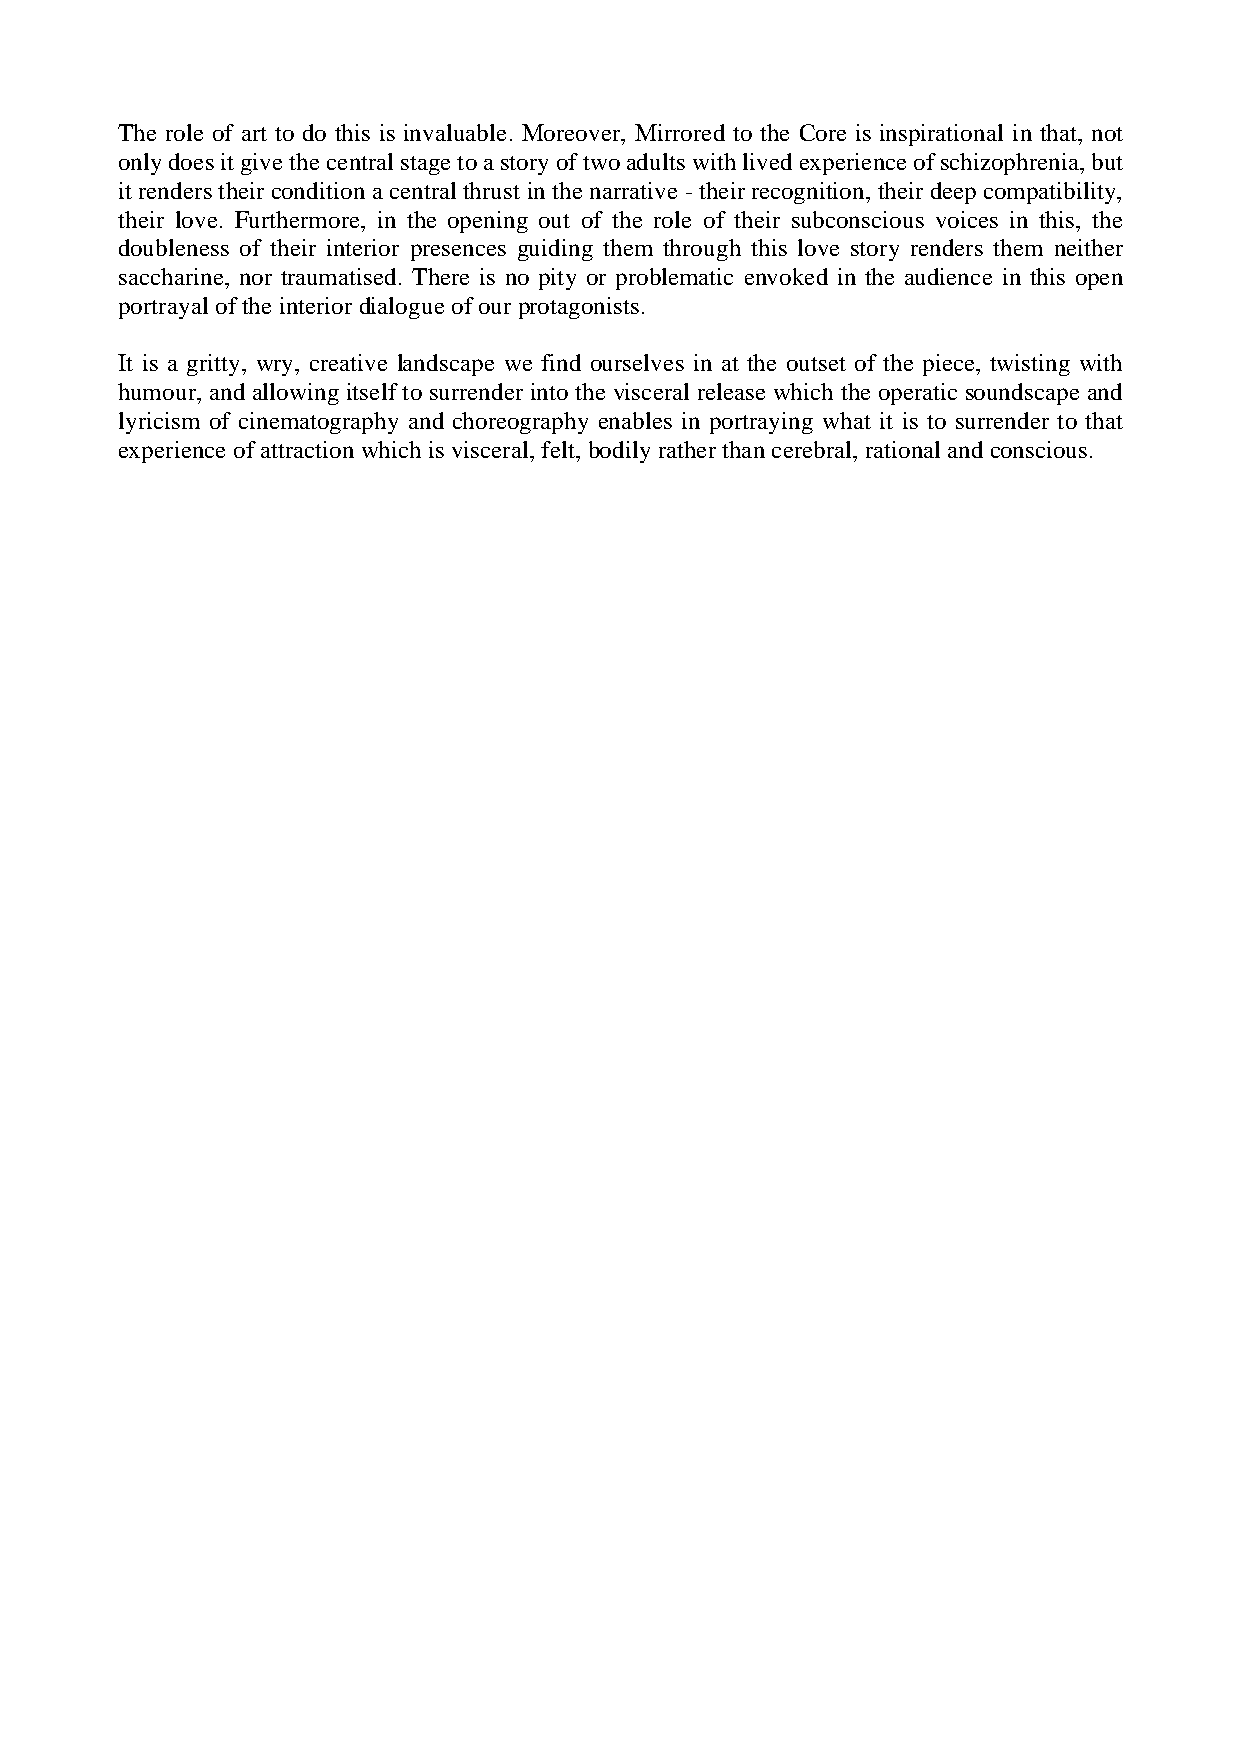
The role of art to do this is invaluable. Moreover, Mirrored to the Core is inspirational in that, not
 only does it give the central stage to a story of two adults with lived experience of schizophrenia, but
 it renders their condition a central thrust in the narrative - their recognition, their deep compatibility,
 their love. Furthermore, in the opening out of the role of their subconscious voices in this, the
 doubleness of their interior presences guiding them through this love story renders them neither
 saccharine, nor traumatised. There is no pity or problematic envoked in the audience in this open
 portrayal of the interior dialogue of our protagonists.
 It is a gritty, wry, creative landscape we find ourselves in at the outset of the piece, twisting with
 humour, and allowing itself to surrender into the visceral release which the operatic soundscape and
 lyricism of cinematography and choreography enables in portraying what it is to surrender to that
 experience of attraction which is visceral, felt, bodily rather than cerebral, rational and conscious.